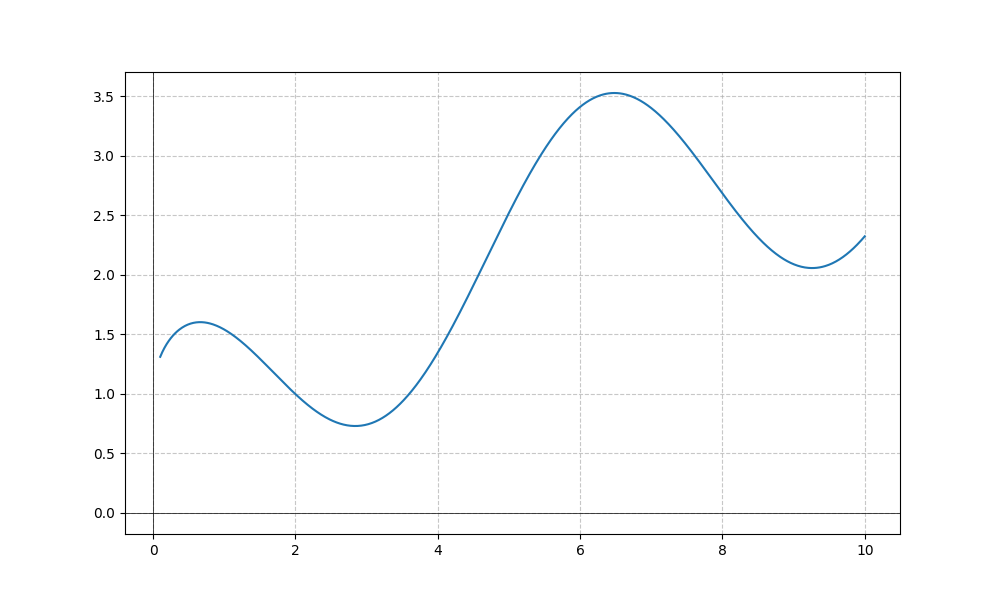
LaTeX formula: \sqrt{x} + \cos{\left(x \right)}